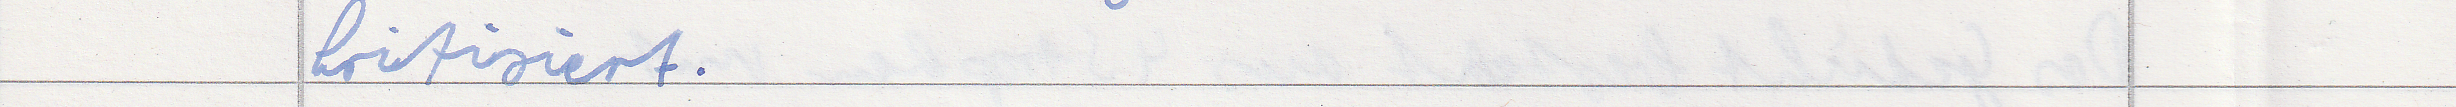
kritisiert.